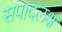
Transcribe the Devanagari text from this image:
सपादलक्ष